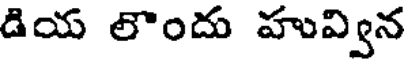
డియ లొందు హువ్విన